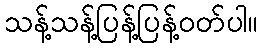
သန့်သန့်ပြန့်ပြန့်ဝတ်ပါ။